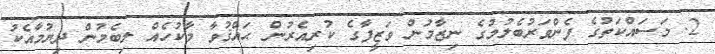
2. މަސައްކަތުގެ ފެންވަރުބެލުމުގެ ނިޒާމުން ވަޒީފާގެ ކުރިއެރުން ޙައްޤުވާ މާކުހެއް ލިބެމުން ދިޔުމާއެކު